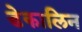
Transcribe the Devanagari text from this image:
डेकालिन